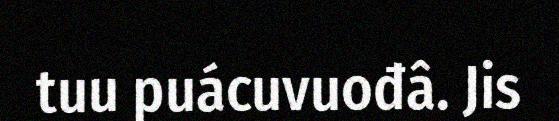
tuu puácuvuođâ. Jis